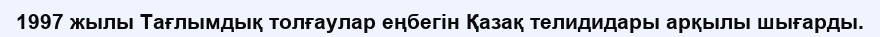
1997 жылы Тағлымдық толғаулар еңбегін Қазақ телидидары арқылы шығарды.